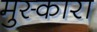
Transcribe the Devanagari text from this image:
मुस्कारा